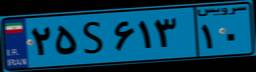
۱۴S۶۸۱۴۳